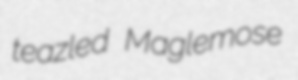
teazled Maglemose